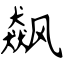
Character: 飙